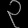
Digit: ၃